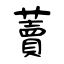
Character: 藚